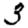
Digit: 3